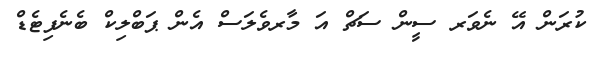
ކުރަން އޭ ނެވަރ ސީން ސަޗް އަ މާރވެލަސް އެން ޕަބްލިކް ބެނެފިޓެޑް